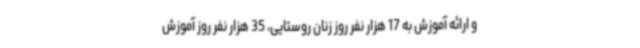
و ارائه آموزش به 17 هزار نفر روز زنان روستایی، 35 هزار نفر روز آموزش